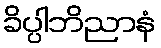
ခိပ္ပါဘိညာနံ